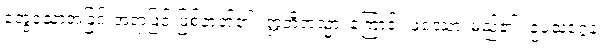
တွေ့သောအခြင်းအရာဖြင့် ဖြစ်တတ်၏။ ဣတိတသ္မာ၊ ကြောင့်။ ဖဿော၊ မည်၏။ ဥပသဂ္ဂေန၊